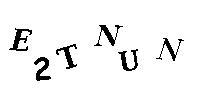
E2TNUN